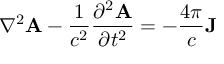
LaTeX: \nabla ^ { 2 } \mathbf { A } - { \frac { 1 } { c ^ { 2 } } } { \frac { \partial ^ { 2 } \mathbf { A } } { \partial t ^ { 2 } } } = - { \frac { 4 \pi } { c } } \mathbf { J }